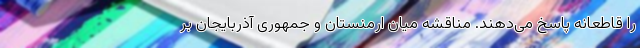
را قاطعانه پاسخ می‌دهند. مناقشه میان ارمنستان و جمهوری آذربایجان بر